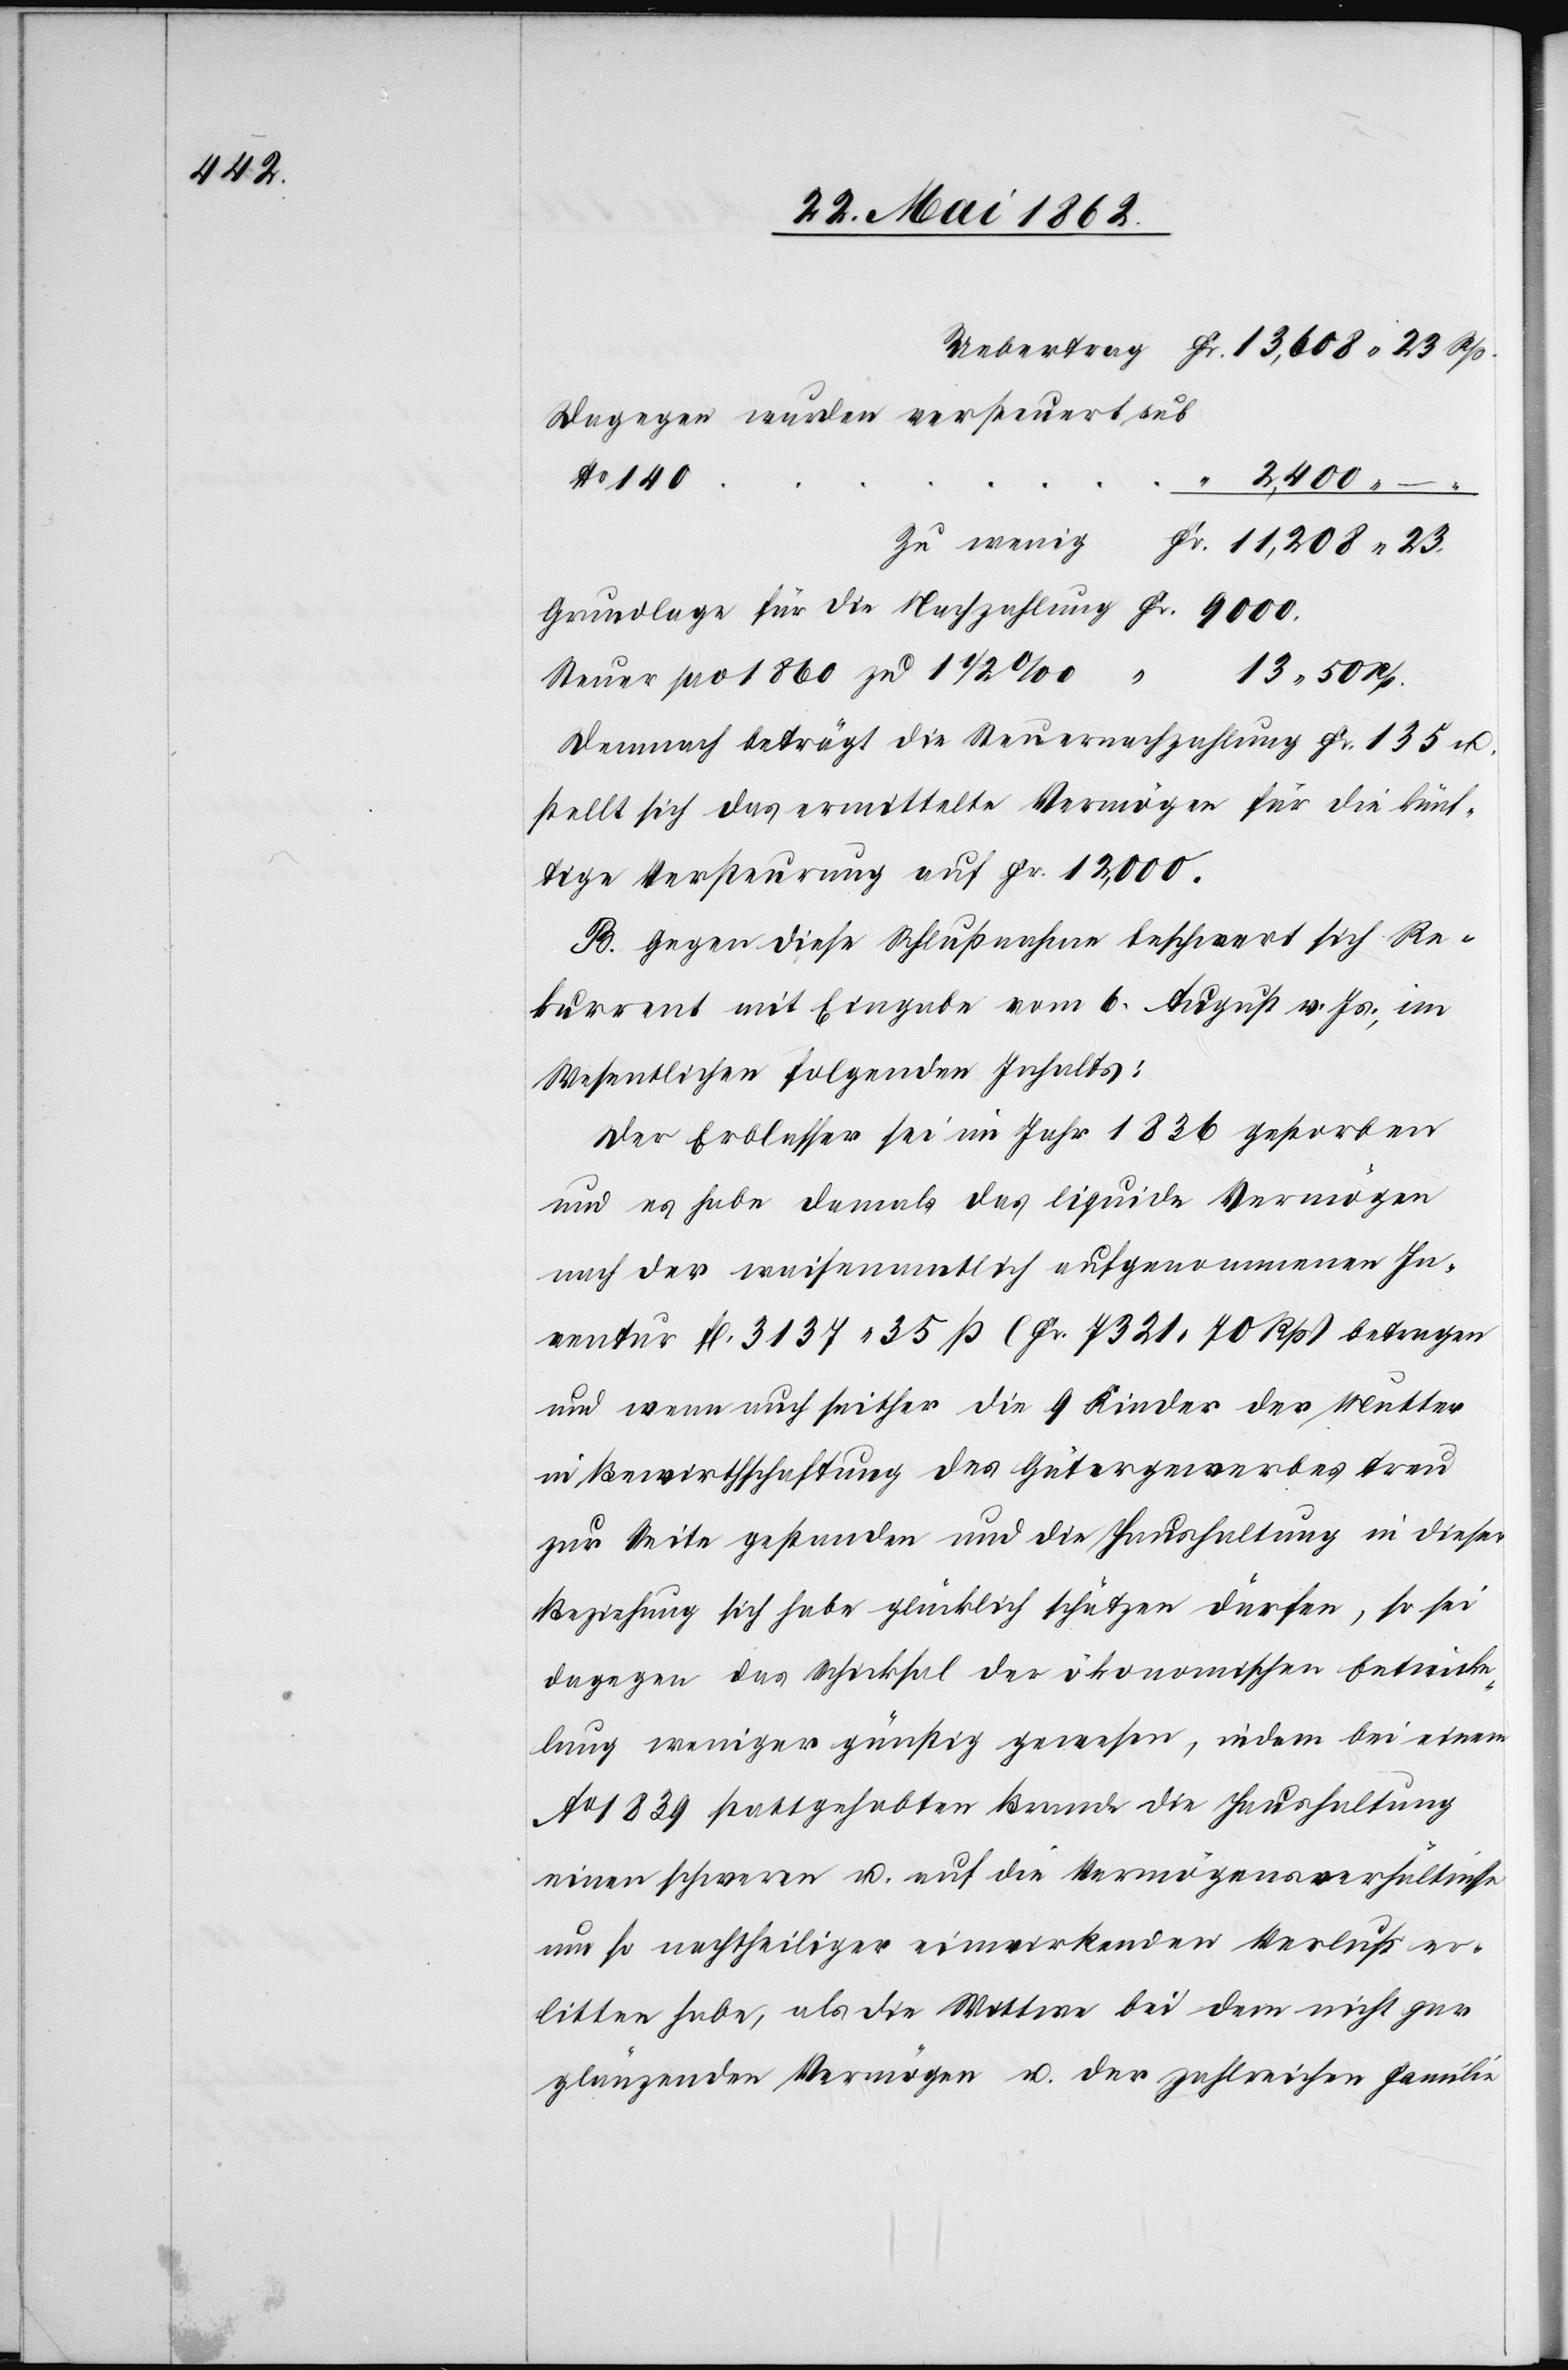
Dagegen wurden versteuert sub
No 140
zu wenig
Steuer pro 1860 zu 1 1/2‰
Demnach beträgt die Steuernachzahlung Fr. 135 u.
stellt sich das ermittelte Vermögen für die künf¬
tige Versteurung auf Fr. 12,000.
B. Gegen diese Schlußnahme beschwert sich Re¬
kurrent mit Eingabe vom 6. August v. Js., im
Wesentlichen folgenden Inhalts:
Der Erblasser sei im Jahr 1836 gestorben
und es habe damals das liquide Vermögen
nach der waisenamtlich aufgenommenen In¬
ventur fl. 3137 35 ß (Fr. 7321 70 Rp.) betragen
und wenn auch seither die 9 Kinder der Mutter
in Bewirtschaftung des Gütergewerbes treu
zur Seite gestanden und die Haushaltung in dieser
Beziehung sich habe glücklich schätzen dürfen, so sei
dagegen das Schicksal der ökonomischen Entwick¬
lung weniger günstig gewesen, indem bei einem
Ao 1839 stattgehabten Brande die Haushaltung
einen schweren u. auf die Vermögensverhältnisse
um so nachtheiliger einwirkender Verlust er¬
litten habe, als die Wittwe bei dem nicht gar
glänzenden Vermögen u. der zahlreichen Familie